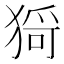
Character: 𤠄